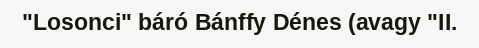
"Losonci" báró Bánffy Dénes (avagy "II.